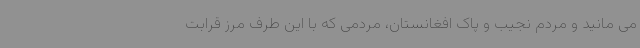
می مانید و مردم نجیب و پاک افغانستان، مردمی که با این طرف مرز قرابت